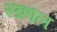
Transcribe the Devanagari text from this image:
स्क्रौल